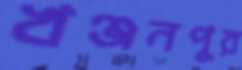
খঞ্জনপুর